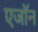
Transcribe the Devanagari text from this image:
एजॉन